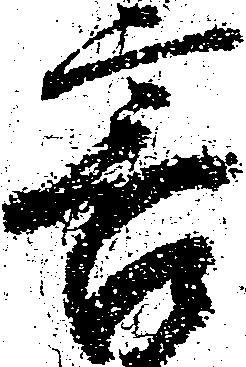
害